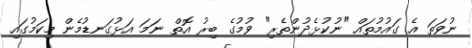
ނުވަތަ އެ ގައުމުތައް "ނުކުޅެދުންތެރި" ވުމުގެ ބިރު އޮތް ނަމަ އަޅުގަނޑުމެން މިކަމުގައި